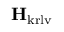
\mathbf { H } _ { \mathrm { k r l v } }